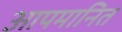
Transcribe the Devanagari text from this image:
आपमानित